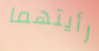
رأيتهما